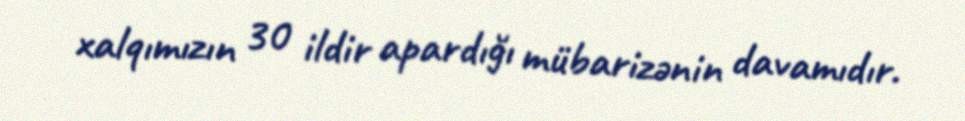
xalqımızın 30 ildir apardığı mübarizənin davamıdır.